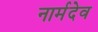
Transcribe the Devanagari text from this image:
नार्मदेव